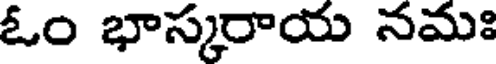
ఓం భాస్కరాయ నమః